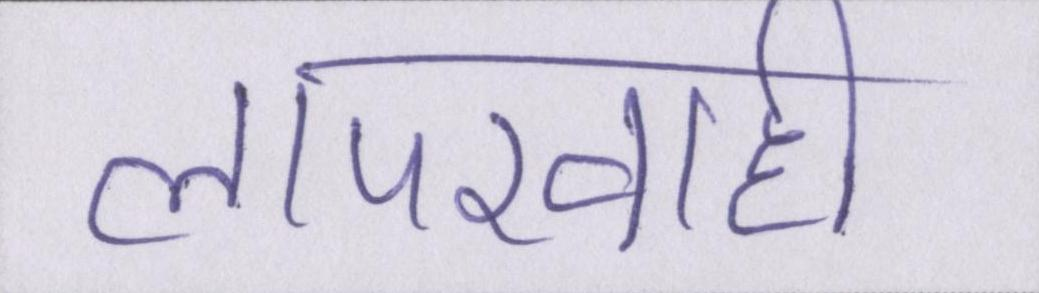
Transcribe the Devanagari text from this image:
लापरवाही